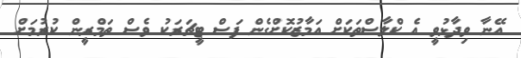
އޭނާ ވިދާޅުވީ އެ ކްލާސްތަކަށް އަމާޒުކޮށްގެން ފަސް ޓީޗަރަކު ވެސް ތަމްރީން ކުރުމަށް